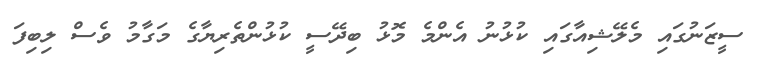
ސީޒަނުގައި މެލޭޝިއާގައި ކުޅުނު އެންމެ މޮޅު ބިދޭސީ ކުޅުންތެރިޔާގެ މަގާމު ވެސް ލިބިފަ